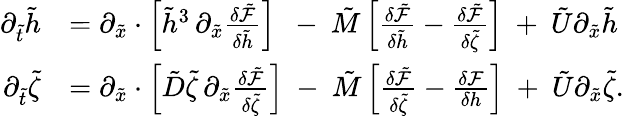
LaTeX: \begin{array}{rl}{\partial_{\tilde{t}}\tilde{h}}&{=\partial_{\tilde{x}}\cdot\left[\tilde{h}^{3}\, \partial_{\tilde{x}}\frac{\delta\tilde{\mathcal{F}}}{\delta\tilde{h}}\right]\ \ -\ \tilde{M}\left[\frac{\delta\tilde{\mathcal{F}}}{\delta\tilde{h}}-\frac{\delta\tilde{\mathcal{F}}}{\delta\tilde{\zeta}}\right]\ +\ \tilde{U}\partial_{\tilde{x}}\tilde{h}}\\ {\partial_{\tilde{t}}\tilde{\zeta}}&{=\partial_{\tilde{x}}\cdot\left[\tilde{D}\tilde{\zeta}\, \partial_{\tilde{x}}\frac{\delta\tilde{\mathcal{F}}}{\delta\tilde{\zeta}}\right]\ -\ \tilde{M}\left[\frac{\delta\tilde{\mathcal{F}}}{\delta\tilde{\zeta}}-\frac{\delta\mathcal{F}}{\delta h}\right]\ +\ \tilde{U}\partial_{\tilde{x}}\tilde{\zeta}.}\end{array}